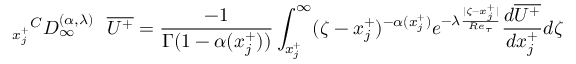
{ _ { x _ { j } ^ { + } } } ^ { C } D _ { \infty } ^ { ( \alpha , { \lambda } ) } ~ ~ \overline { { U ^ { + } } } = \frac { - 1 } { \Gamma ( 1 - \alpha ( x _ { j } ^ { + } ) ) } \int _ { x _ { j } ^ { + } } ^ { \infty } ( \zeta - x _ { j } ^ { + } ) ^ { - \alpha ( x _ { j } ^ { + } ) } { e ^ { - \lambda \frac { | \zeta - x _ { j } ^ { + } | } { R e _ { \tau } } } } \frac { d \overline { { U ^ { + } } } } { d x _ { j } ^ { + } } d \zeta